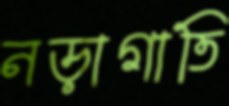
নড়াগাতি